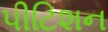
પીટિશન